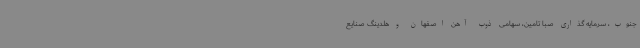
جنوب، سرمایه گذاری صبا تامین، سهامی ذوب آهن اصفهان و هلدینگ صنایع